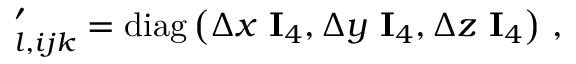
\mathbf \Lambda _ { l , i j k } ^ { \prime } = \operatorname { d i a g } \left( \Delta x \ \mathbf I _ { 4 } , \Delta y \ \mathbf I _ { 4 } , \Delta z \ \mathbf I _ { 4 } \right) \, ,